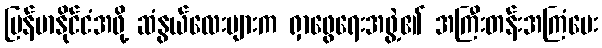
မြန်မာနိုင်ငံအဖို့ ဆံနွယ်လေးများက ရှာဖွေရေးအဖွဲ့၏ အကြီးတန်းအကြံပေး